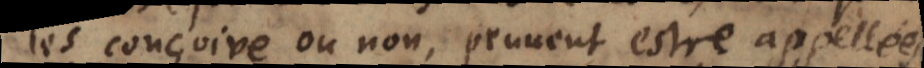
les conçoive ou non, peuvent estre appellées